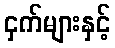
ငှက်များနှင့်